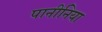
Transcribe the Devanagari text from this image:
पानीनिया